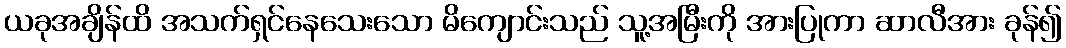
ယခုအချိန်ထိ အသက်ရှင်နေသေးသော မိကျောင်းသည် သူ့အမြီးကို အားပြုကာ ဆာလီအား ခုန်၍